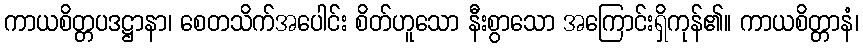
ကာယစိတ္တပဒဋ္ဌာနာ၊ စေတသိက်အပေါင်း စိတ်ဟူသော နီးစွာသော အကြောင်းရှိကုန်၏။ ကာယစိတ္တာနံ၊